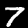
Label: 7